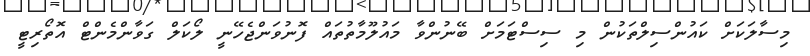
މިސާލަކަށް ކައުންސިލްތަކުން މި ސިސްޓަމަށް ބޭނުންވާ މައުލޫމާތުތައް ފޮނުވަންޖެހޭނީ ލޯކަލް ގަވާންމެންޓް އޮތޯރިޓީ